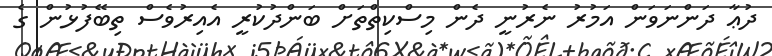
ދުޢާ ދަންނަވަން އަމުރު ނެރުނީ ދެން މިސްކިތްތަށް ބަަންދުކުރީ އެއިރުވެސް ތިބޭފުޅުން ގެ